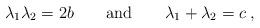
LaTeX: \begin{align*}\lambda_1\lambda_2=2b\qquad\mbox{and}\qquad\lambda_1+\lambda_2=c\;,\end{align*}